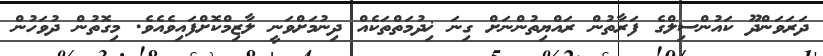
ދަރަވަންދޫ ކައުންސިލްގެ ފަރާތުން ރައްޔިތުންނަށް ގިނަ ޚިދުމަތްތަކެއް ދިނުމަށްވަނީ ލާޒިމްކޮށްފައިވެއެވެ. މިގޮތުން ދުވަހުން